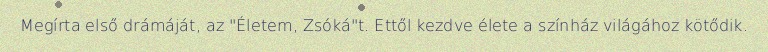
Megírta első drámáját, az "Életem, Zsóká"t. Ettől kezdve élete a színház világához kötődik.